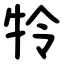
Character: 㸳